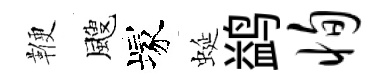
鞭颼塚蜒鹢恂